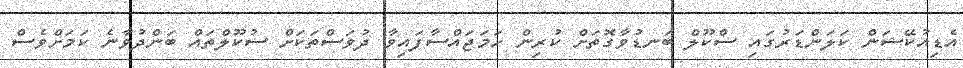
އެޑިއުކޭޝަން ކަލަންޑަރުގައި ސްކޫލް ބަނޑުވާގޮތަށް ކުރިން ހަމަޖައްސާފައިވާ ދުވަސްތަކަށް ސުކޫލްތައް ބަންދުވާނެ ކަމަށްވެސް